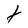
Character: t